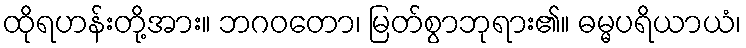
ထိုရဟန်းတို့အား။ ဘဂဝတော၊ မြတ်စွာဘုရား၏။ ဓမ္မပရိယာယံ၊